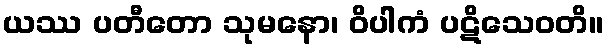
ယဿ ပတီတော သုမနော၊ ဝိပါကံ ပဋိသေဝတိ။